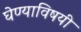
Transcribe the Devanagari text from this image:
घेण्‍याविषयी